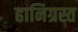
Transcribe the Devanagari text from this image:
हानिग्रस्त